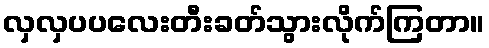
လှလှပပလေးတီးခတ်သွားလိုက်ကြတာ။